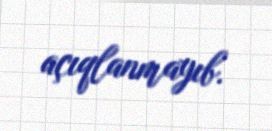
açıqlanmayıb.